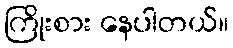
ကြိုးစား နေပါတယ်။